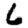
Digit: 6